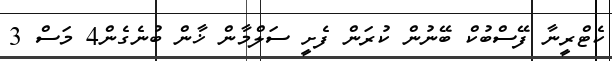
ކެޓްރީނާ ފޭސްބުކް ބޭނުން ކުރަން ފެށީ ސަލްމާން ޚާން ބުނެގެން4 މަސް 3